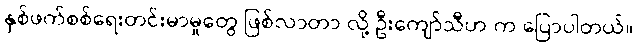
နှစ်ဖက်စစ်ရေးတင်းမာမှုတွေ ဖြစ်လာတာ လို့ ဦးကျော်သီဟ က ပြောပါတယ်။